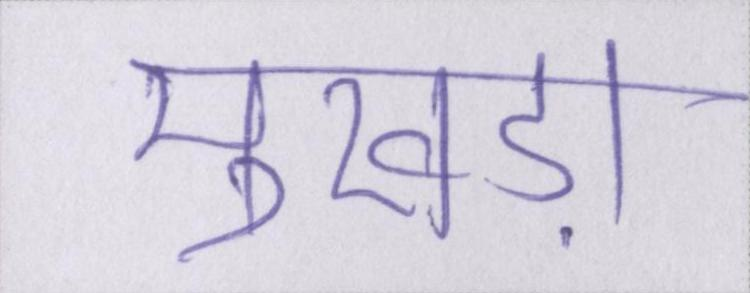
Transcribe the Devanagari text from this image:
मुखड़ा